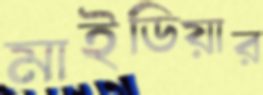
মাইডিয়ার